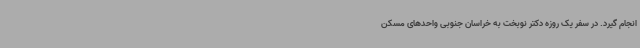
انجام گیرد. در سفر یک روزه دکتر نوبخت به خراسان جنوبی واحدهای مسکن